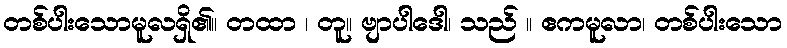
တစ်ပါးသောမူလရှိ၏။ တထာ ၊ တူ။ ဗျာပါဒေါ၊ သည် ။ ဧကမူလာ၊ တစ်ပါးသော